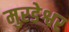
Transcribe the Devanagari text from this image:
मुरडेश्वर